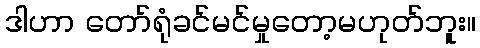
ဒါဟာ တော်ရုံခင်မင်မှုတော့မဟုတ်ဘူး။